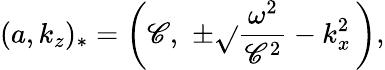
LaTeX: (a,k_{z})_{*}=\left(\mathscr{C},\, \, \pm\sqrt{}{{\frac{{\omega^{2}}}{{\mathscr{C}^{2}}}-k_{x}^{2}}}\, \right),